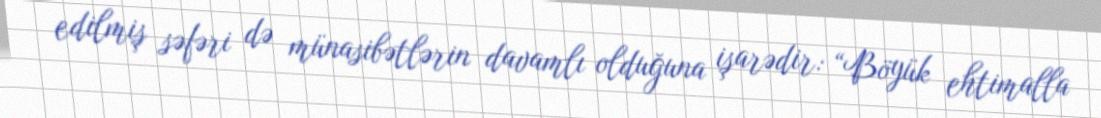
edilmiş səfəri də münasibətlərin davamlı olduğuna işarədir: “Böyük ehtimalla